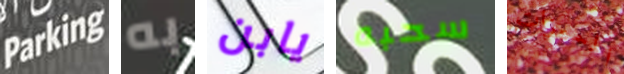
Parking به يابن سحبه المميزات